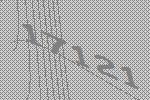
17121